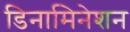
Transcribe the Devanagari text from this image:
डिनामिनेशन